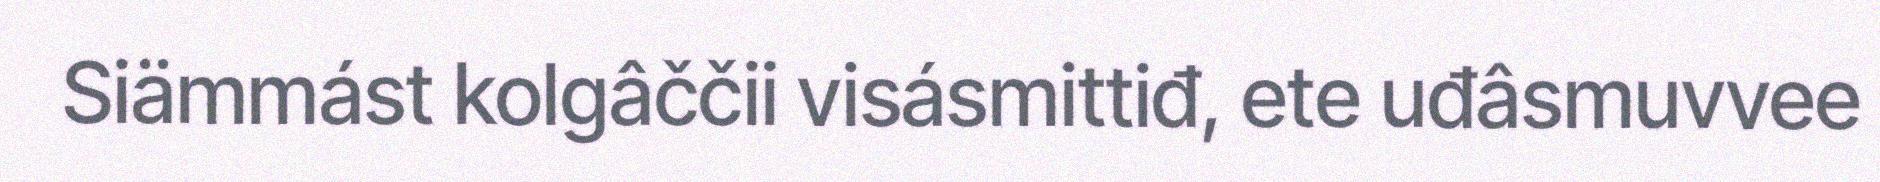
Siämmást kolgâččii visásmittiđ, ete uđâsmuvvee